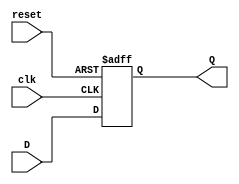
module d_ff ( 
    input wire clk,      // Sinal de clock de entrada
    input wire reset,    // Sinal de reset sncrono
    input wire D,        // Dado de entrada
    output reg Q         // Dado de sada registrado
);
    always @(posedge clk or posedge reset) begin
        if (reset)              // Verifica se o sinal de reset est ativo na borda de subida do clock
            Q <= 1'b0;          // Se o reset estiver ativo, o registro  resetado para 0
        else                    // Se o reset no estiver ativo
            Q <= D;             // O dado de entrada  armazenado no registro na prxima borda de subida do clock
    end
endmodule